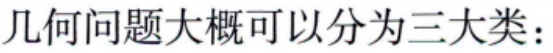
几何问题大概可以分为三大类：